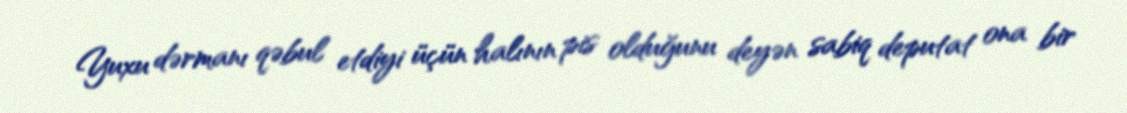
Yuxu dərmanı qəbul etdiyi üçün halının pis olduğunu deyən sabiq deputat ona bir